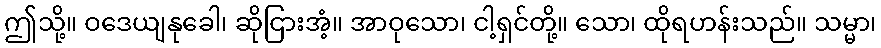
ဤသို့။ ဝဒေယျနုခေါ၊ ဆိုငြားအံ့။ အာဝုသော၊ ငါ့ရှင်တို့။ သော၊ ထိုရဟန်းသည်။ သမ္မာ၊